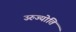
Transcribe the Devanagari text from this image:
उरुज्योति